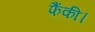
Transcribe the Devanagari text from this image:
फैंकी।